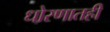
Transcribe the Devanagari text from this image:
धोरणातही